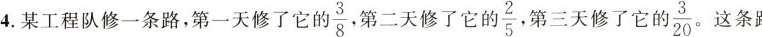
4.这条路4.某工程队修一条路，第一天修了它的 $$\frac{3}{8}$$ 第二天修了它的 $$\frac{2}{5}$$ 。第三天修了它的 $$\frac{3}{20}$$ 。这条路